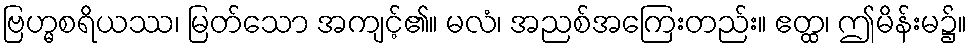
ဗြဟ္မစရိယဿ၊ မြတ်သော အကျင့်၏။ မလံ၊ အညစ်အကြေးတည်း။ ဧတ္ထ၊ ဤမိန်းမ၌။